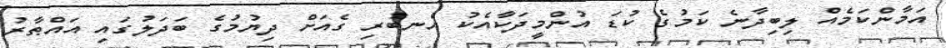
އަމާންކަމެއް ލިބިދާނެ ކަމުގެ ކުޑަ އުންމީދަކާއެކު އެނބުރި ގެއަށް ދިޔުމުގެ ބަދަލުގައި އައްޠާރު